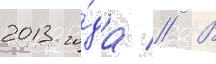
2013 го́да // В